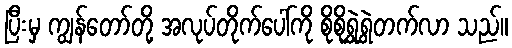
ပြီးမှ ကျွန်တော်တို့ အလုပ်တိုက်ပေါ်ကို စိုစိုရွှဲရွှဲတက်လာ သည်။